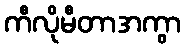
ကီလိုမီတာအကွာ